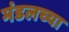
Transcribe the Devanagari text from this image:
मंडलच्या